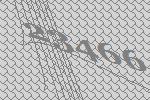
23466